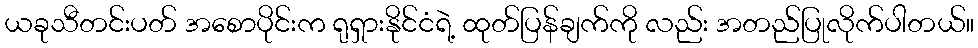
ယခုသီတင်းပတ် အစောပိုင်းက ရုရှားနိုင်ငံရဲ့ ထုတ်ပြန်ချက်ကို လည်း အတည်ပြုလိုက်ပါတယ်။